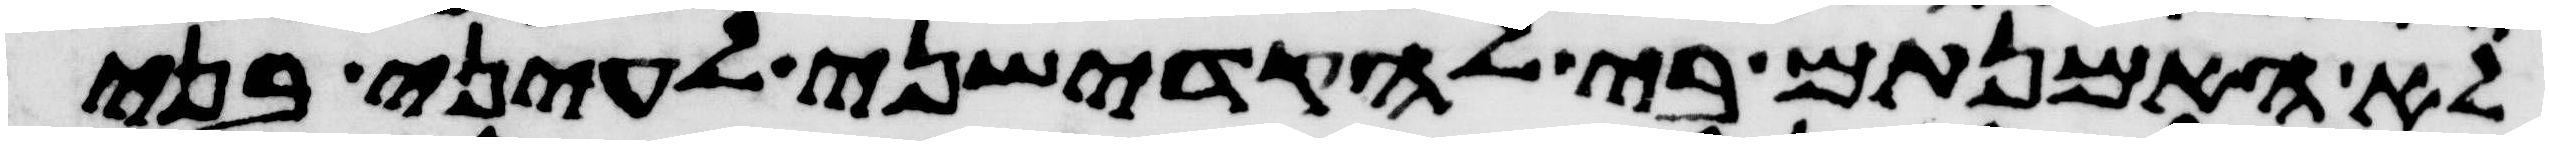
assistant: לא האמנתם בי להקדישני לעיני בני